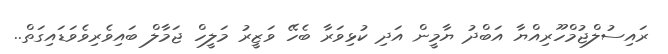
ރައިސުލްޖުމްހޫރިއްޔާ އަބްދު ޔާމީން އަދި ކުޅިވަރާ ބެހޭ ވަޒީރު މަލީހް ޖަމާލް ބައިވެރިވެވަޑައިގަތް..